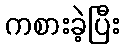
ကစားခဲ့ပြီး